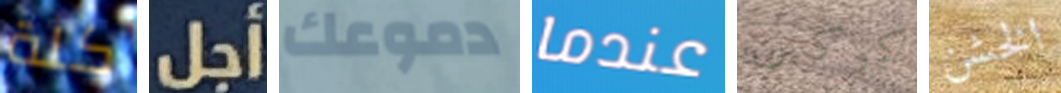
كلة أجل دموعك عندما كوكس الخشن